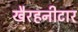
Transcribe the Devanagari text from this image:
खैरहनीटार